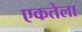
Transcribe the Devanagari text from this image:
एकतेला